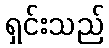
ရှင်းသည်